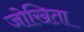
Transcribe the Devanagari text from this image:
जोखिता